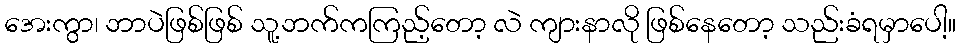
အေးကွာ၊ ဘာပဲဖြစ်ဖြစ် သူ့ဘက်ကကြည့်တော့ လဲ ကျားနာလို ဖြစ်နေတော့ သည်းခံရမှာပေါ့။